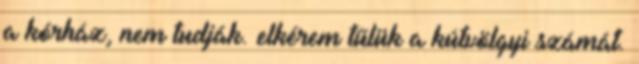
a kórház, nem tudják. elkérem tűlük a kútvölgyi számát.